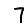
Digit: 7